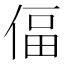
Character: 偪